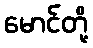
မောင်တို့